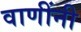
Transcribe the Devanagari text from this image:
वाणींनी